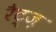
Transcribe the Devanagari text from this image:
रैट्ज़